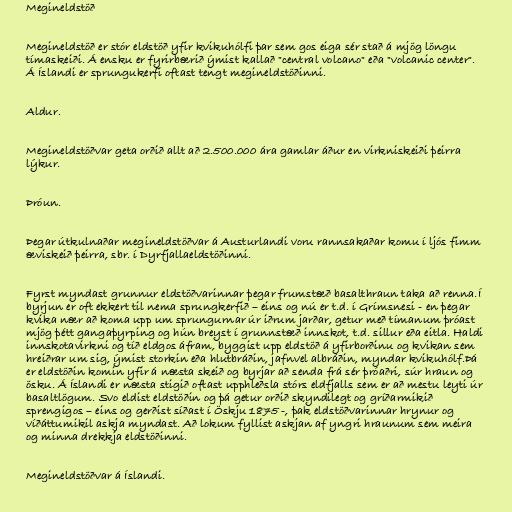
Megineldstöð

Megineldstöð er stór eldstöð yfir kvikuhólfi þar sem gos eiga sér stað á mjög löngu
tímaskeiði. Á ensku er fyrirbærið ýmist kallað "central volcano" eða "volcanic center".
Á Íslandi er sprungukerfi oftast tengt megineldstöðinni.

Aldur.

Megineldstöðvar geta orðið allt að 2.500.000 ára gamlar áður en virkniskeiði þeirra
lýkur.

Þróun.

Þegar útkulnaðar megineldstöðvar á Austurlandi voru rannsakaðar komu í ljós fimm
æviskeið þeirra, sbr. í Dyrfjallaeldstöðinni.

Fyrst myndast grunnur eldstöðvarinnar þegar frumstæð basalthraun taka að renna.Í
byrjun er oft ekkert til nema sprungkerfið – eins og nú er t.d. í Grímsnesi - en þegar
kvika nær að koma upp um sprungurnar úr iðrum jarðar, getur með tímanum þróast
mjög þétt gangaþyrping og hún breyst í grunnstæð innskot, t.d. sillur eða eitla. Haldi
innskotavirkni og tíð eldgos áfram, byggist upp eldstöð á yfirborðinu og kvikan sem
hreiðrar um sig, ýmist storkin eða hlutbráðin, jafnvel albráðin, myndar kvikuhólf.Þá
er eldstöðin komin yfir á næsta skeið og byrjar að senda frá sér þróaðri, súr hraun og
ösku. Á Íslandi er næsta stigið oftast upphleðsla stórs eldfjalls sem er að mestu leyti úr
basaltlögum. Svo eldist eldstöðin og þá getur orðið skyndilegt og gríðarmikið
sprengigos – eins og gerðist síðast í Öskju 1875 -, þak eldstöðvarinnar hrynur og
víðáttumikil askja myndast. Að lokum fyllist askjan af yngri hraunum sem meira
og minna drekkja eldstöðinni.

Megineldstöðvar á Íslandi.